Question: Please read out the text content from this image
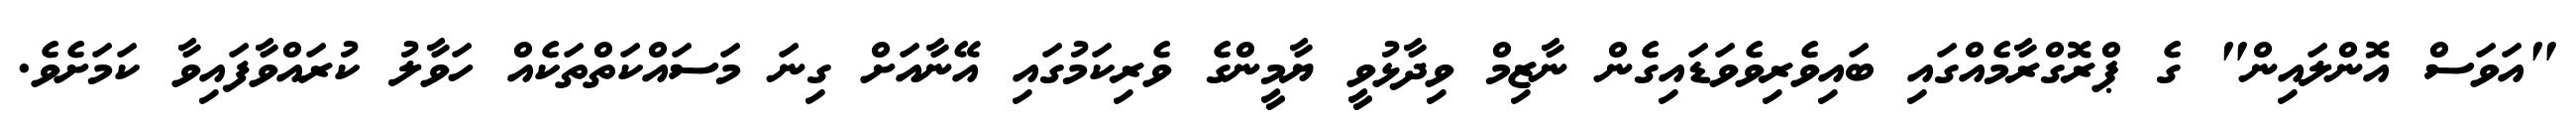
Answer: "އަވަސް އޮންލައިން" ގެ ޕްރޮގްރާމެއްގައި ބައިވެރިވެވަޑައިގެން ނާޒިމް ވިދާޅުވީ ޔާމީންގެ ވެރިކަމުގައި އޭނާއަށް ގިނަ މަސައްކަތްތަކެއް ހަވާލު ކުރައްވާފައިވާ ކަމަށެވެ.